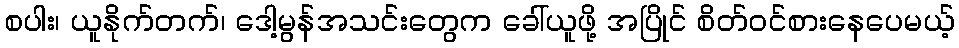
စပါး၊ ယူနိုက်တက်၊ ဒေါ့မွန်အသင်းတွေက ခေါ်ယူဖို့ အပြိုင် စိတ်ဝင်စားနေပေမယ့်